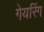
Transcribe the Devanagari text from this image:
गेयरिंग